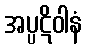
အပ္ပဋိဝါနံ